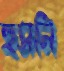
হুসনি